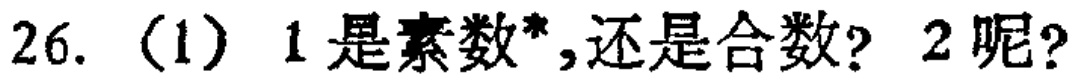
26.（1）1是素数*，还是合数？2呢？